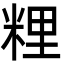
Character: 粴